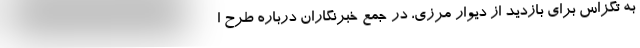
به تگزاس برای بازدید از دیوار مرزی، در جمع خبرنگاران درباره طرح ا